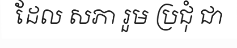
ដែល សភា រួម ប្រជុំ ជា